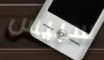
سبيس